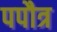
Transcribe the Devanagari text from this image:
पपौत्र